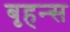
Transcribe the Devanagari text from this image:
बृहन्स